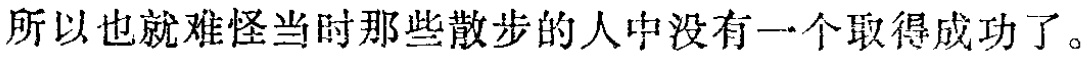
所以也就难怪当时那些散步的人中没有一个取得成功了。